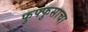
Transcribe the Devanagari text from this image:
फुफ्‍फुसाचा